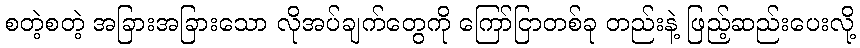
စတဲ့စတဲ့ အခြားအခြားသော လိုအပ်ချက်တွေကို ကြော်ငြာတစ်ခု တည်းနဲ့ ဖြည့်ဆည်းပေးလို့